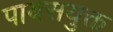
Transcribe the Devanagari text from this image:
पायसयुक्त